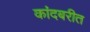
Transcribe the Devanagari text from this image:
कांदबरीत